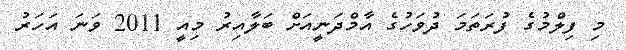
މި ފިލްމުގެ ފުރަތަމަ ދުވަހުގެ އާމްދަނީއަށް ބަލާއިރު މިއީ 2011 ވަނަ އަހަރު